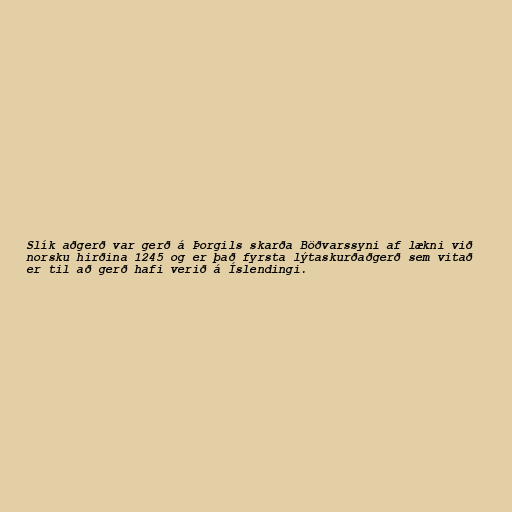
Slík aðgerð var gerð á Þorgils skarða Böðvarssyni af lækni við
norsku hirðina 1245 og er það fyrsta lýtaskurðaðgerð sem vitað
er til að gerð hafi verið á Íslendingi.